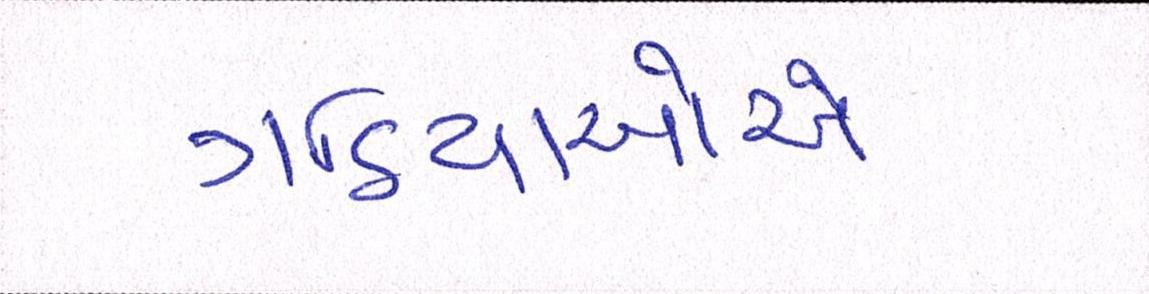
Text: ગઠિયાઓએ